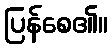
ပြန်စေ၏။